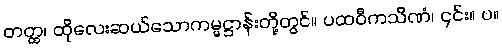
တတ္ထ၊ ထိုလေးဆယ်သောကမ္မဋ္ဌာန်းတို့တွင်။ ပထဝီကသိဏံ၊ ၎င်း။ ပ။